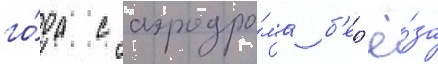
го́да с аэродро́ма б'ер'ё́за